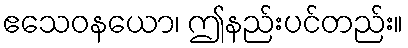
ဧသေဝနယော၊ ဤနည်းပင်တည်း။